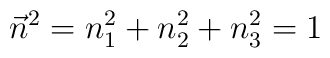
\vec{n}^2 = n_{1}^{2} + n_{2}^{2} + n_{3}^{2} = 1